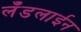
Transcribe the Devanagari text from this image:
लँडलाईन